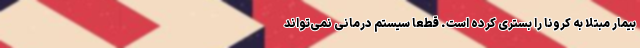
بیمار مبتلا به کرونا را بستری کرده است. قطعا سیستم درمانی نمی‌تواند